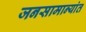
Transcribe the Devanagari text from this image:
जनसामान्यांत